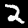
Label: 2